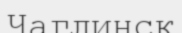
Чаглинск